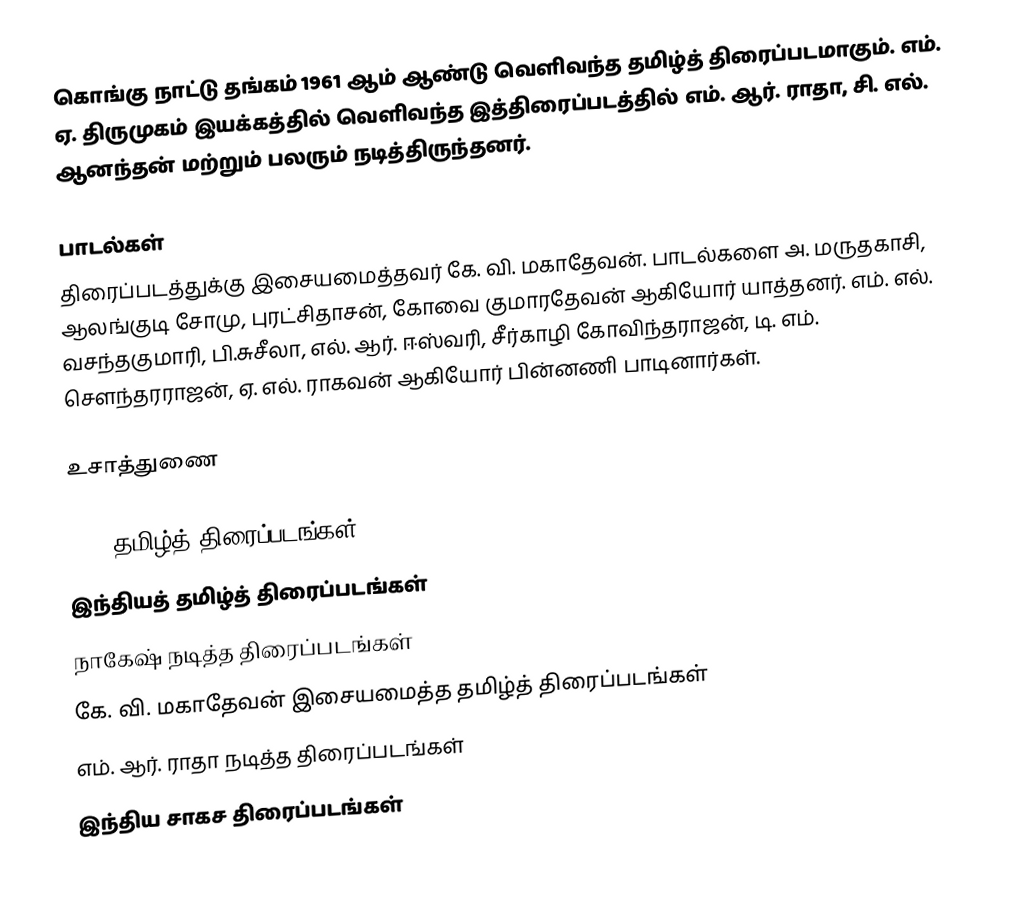
கொங்கு நாட்டு தங்கம் 1961 ஆம் ஆண்டு வெளிவந்த தமிழ்த் திரைப்படமாகும். எம். ஏ. திருமுகம் இயக்கத்தில் வெளிவந்த இத்திரைப்படத்தில் எம். ஆர். ராதா, சி. எல். ஆனந்தன் மற்றும் பலரும் நடித்திருந்தனர்.

பாடல்கள்
திரைப்படத்துக்கு இசையமைத்தவர் கே. வி. மகாதேவன். பாடல்களை அ. மருதகாசி, ஆலங்குடி சோமு, புரட்சிதாசன், கோவை குமாரதேவன் ஆகியோர் யாத்தனர். எம். எல். வசந்தகுமாரி, பி.சுசீலா, எல். ஆர். ஈஸ்வரி, சீர்காழி கோவிந்தராஜன், டி. எம். சௌந்தரராஜன், ஏ. எல். ராகவன் ஆகியோர் பின்னணி பாடினார்கள்.

உசாத்துணை

1961 தமிழ்த் திரைப்படங்கள்
இந்தியத் தமிழ்த் திரைப்படங்கள்
நாகேஷ் நடித்த திரைப்படங்கள்
கே. வி. மகாதேவன் இசையமைத்த தமிழ்த் திரைப்படங்கள்
எம். ஆர். ராதா நடித்த திரைப்படங்கள்
இந்திய சாகச திரைப்படங்கள்